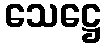
သေဋ္ဌေ